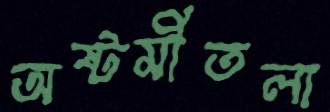
অষ্টমীতলা